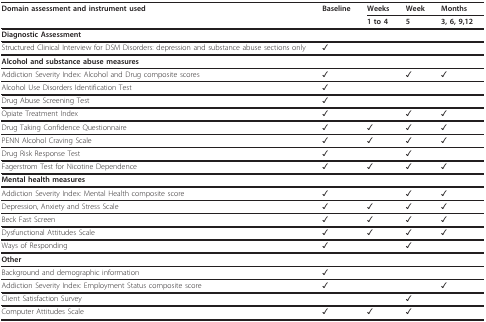
| Domain assessment and instrument used | Baseline | Weeks | Week | Months |
 |  |  | 1 to 4 | 5 | 3, 6, 9,12 |
 | --- | --- | --- | --- | --- |
 | <COLSPAN=5> Diagnostic Assessment |
 | Structured Clinical Interview for DSM Disorders: depression and substance abuse sections only | ✓ |  |  |  |
 | <COLSPAN=5> Alcohol and substance abuse measures |
 | Addiction Severity Index: Alcohol and Drug composite scores | ✓ |  | ✓ | ✓ |
 | Alcohol Use Disorders Identification Test | ✓ |  |  |  |
 | Drug Abuse Screening Test | ✓ |  |  |  |
 | Opiate Treatment Index | ✓ |  | ✓ | ✓ |
 | Drug Taking Confidence Questionnaire | ✓ | ✓ | ✓ | ✓ |
 | PENN Alcohol Craving Scale | ✓ | ✓ | ✓ | ✓ |
 | Drug Risk Response Test | ✓ |  | ✓ |  |
 | Fagerstrom Test for Nicotine Dependence | ✓ | ✓ | ✓ | ✓ |
 | <COLSPAN=5> Mental health measures |
 | Addiction Severity Index: Mental Health composite score | ✓ |  | ✓ | ✓ |
 | Depression, Anxiety and Stress Scale | ✓ | ✓ | ✓ | ✓ |
 | Beck Fast Screen | ✓ | ✓ | ✓ | ✓ |
 | Dysfunctional Attitudes Scale | ✓ | ✓ | ✓ | ✓ |
 | Ways of Responding | ✓ |  | ✓ |  |
 | <COLSPAN=5> Other |
 | Background and demographic information | ✓ |  |  |  |
 | Addiction Severity Index: Employment Status composite score | ✓ |  |  | ✓ |
 | Client Satisfaction Survey |  |  | ✓ |  |
 | Computer Attitudes Scale | ✓ | ✓ | ✓ |  |